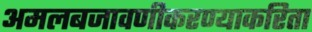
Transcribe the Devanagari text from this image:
अमलबजावणीकरण्याकरिता